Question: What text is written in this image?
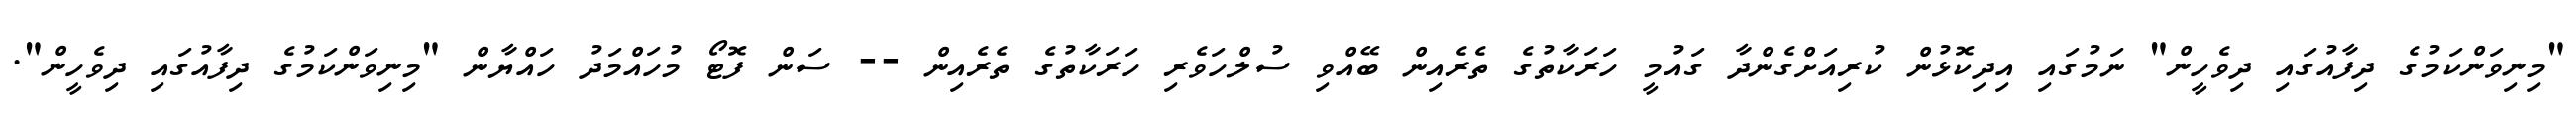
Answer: "މިނިވަންކަމުގެ ދިފާއުގައި ދިވެހީން" ނަމުގައި އިދިކޮޅުން ކުރިއަށްގެންދާ ގައުމީ ހަރަކާތުގެ ތެރެއިން ބޭއްވި ސުލްހަވެރި ހަރަކާތުގެ ތެރެއިން -- ސަން ފޮޓޯ މުހައްމަދު ހައްޔާން "މިނިވަންކަމުގެ ދިފާއުގައި ދިވެހީން".